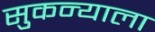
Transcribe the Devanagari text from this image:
सुकन्याला